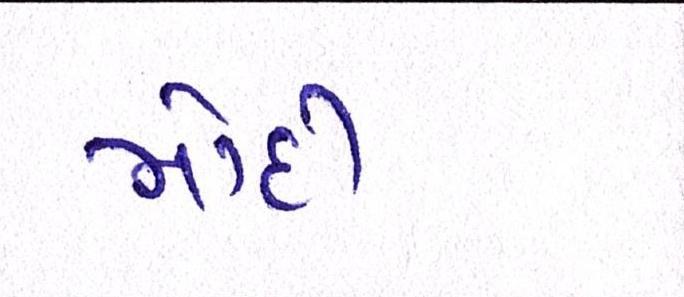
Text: મોદી